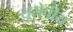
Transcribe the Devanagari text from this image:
य़ूरोपीय